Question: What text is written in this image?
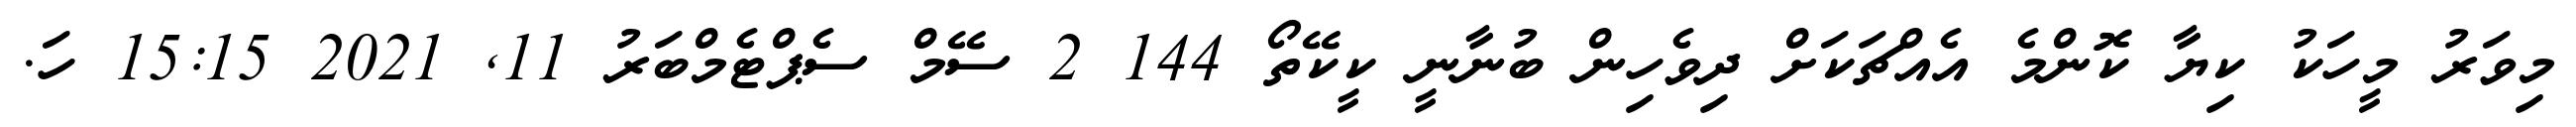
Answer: މިވަރު މީހަކު ކިޔާ ކޮންމެ އެއްޗަކަށް ދިވެހިން ބުނާނީ ކީކޭތޯ 144 2 ސޭމް ސެޕްޓެމްބަރު 11, 2021 15:15 ހަ.